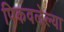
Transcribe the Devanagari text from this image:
पिकवलेल्या